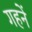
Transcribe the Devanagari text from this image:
गहनें